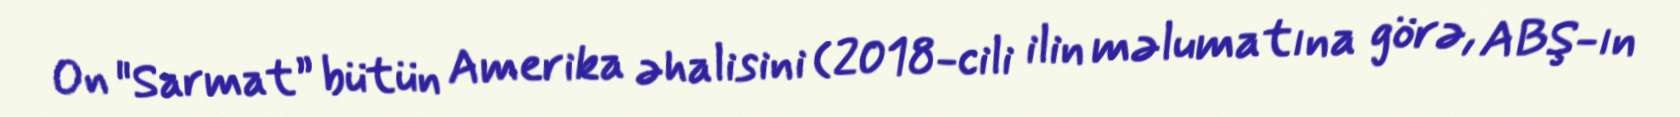
On "Sarmat” bütün Amerika əhalisini (2018-cili ilin məlumatına görə, ABŞ-ın